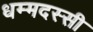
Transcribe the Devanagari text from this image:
धम्मदस्सी